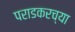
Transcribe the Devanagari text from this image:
पराडकरच्या